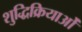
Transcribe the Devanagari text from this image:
शुद्धिक्रियाओं